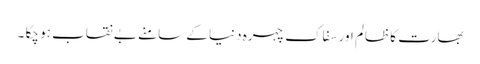
بھارت کا ظالم اور سفاک چہرہ دنیا کے سامنے بے نقاب ہو چکا ۔